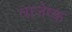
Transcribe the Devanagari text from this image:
वाजेष्क